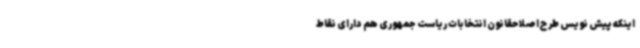
اینکه پیش نویس طرح اصلاحقانون انتخابات ریاست جمهوری هم دارای نقاط